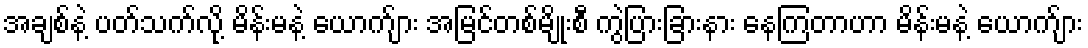
အချစ်နဲ့ ပတ်သက်လို့ မိန်းမနဲ့ ယောက်ျား အမြင်တစ်မျိုးစီ ကွဲပြားခြားနား နေကြတာဟာ မိန်းမနဲ့ ယောက်ျား